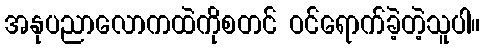
အနုပညာလောကထဲကိုစတင် ဝင်ရောက်ခဲ့တဲ့သူပါ။